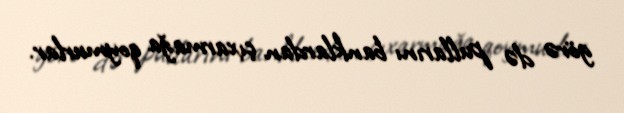
görə də pullarını banklardan çıxarmağa qoymurlar.